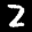
Digit: 2